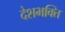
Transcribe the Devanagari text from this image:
देशभक्‍ित